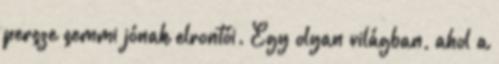
persze semmi jónak elrontói. Egy olyan világban, ahol a